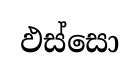
ඵස්සො